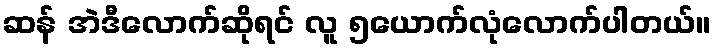
ဆန် အဲဒီလောက်ဆိုရင် လူ ၅ယောက်လုံလောက်ပါတယ်။